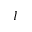
I